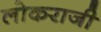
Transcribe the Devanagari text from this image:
लोकराजी